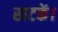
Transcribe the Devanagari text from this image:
खटकें।